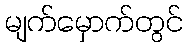
မျက်မှောက်တွင်